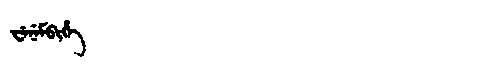
Manchu: ᠸᡝᠨᡝᠮᠪᡳᡥᡝ
Romanization: WENEMBIHE